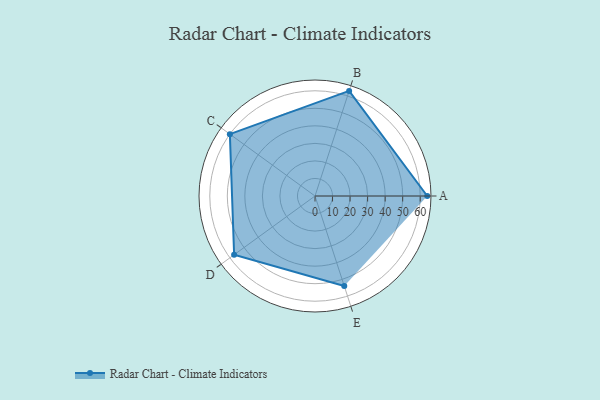
{"axis": {"x": "Skill", "y": "Score"}, "legend": ["Profile"], "data": [{"x": "A", "y": 64.0, "type": "Profile"}, {"x": "B", "y": 63.0, "type": "Profile"}, {"x": "C", "y": 60.0, "type": "Profile"}, {"x": "D", "y": 57.0, "type": "Profile"}, {"x": "E", "y": 54.0, "type": "Profile"}]}